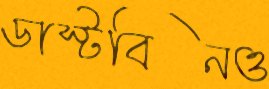
ডাস্টবিনও